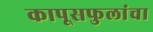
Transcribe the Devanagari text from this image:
कापूसफुलांचा